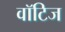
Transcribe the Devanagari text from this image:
वॉटिज